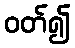
ဝတ်၍